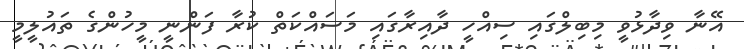
އޭނާ ވިދާޅުވީ މިބިލްގައި ސިއްހީ ދާއިރާގައި މަސައްކަތް ކުރާ ފަންނީ މީހުންގެ ތައުލީމީ